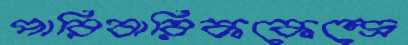
পারিবারিককেন্দ্রে